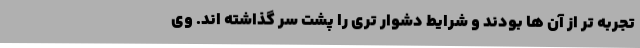
تجربه تر از آن ها بودند و شرایط دشوار تری را پشت سر گذاشته اند. وی